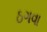
ઠગવા